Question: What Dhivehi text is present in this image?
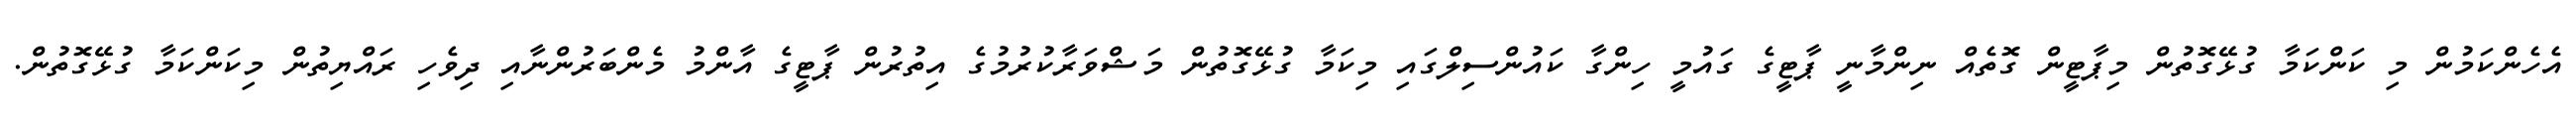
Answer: އެހެންކަމުން މި ކަންކަމާ ގުޅޭގޮތުން މިޕާޓީން ގޮތެއް ނިންމާނީ ޕާޓީގެ ގައުމީ ހިންގާ ކައުންސިލްގައި މިކަމާ ގުޅޭގޮތުން މަޝްވަރާކުރުމުގެ އިތުރުން ޕާޓީގެ އާންމު މެންބަރުންނާއި ދިވެހި ރައްޔިތުން މިކަންކަމާ ގުޅޭގޮތުން.